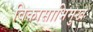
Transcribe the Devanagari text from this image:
विकासाभिमुख